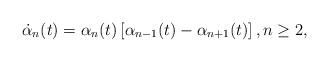
LaTeX: \begin{align*} \dot{\alpha}_{n}(t) = \alpha_{n}(t) \left[\alpha_{n-1}(t) - \alpha_{n+1}(t) \right], n \geq 2,\end{align*}